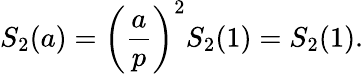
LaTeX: S_{2}(a)=\left({\frac{a}{p}}\right)^{2}S_{2}(1)=S_{2}(1).